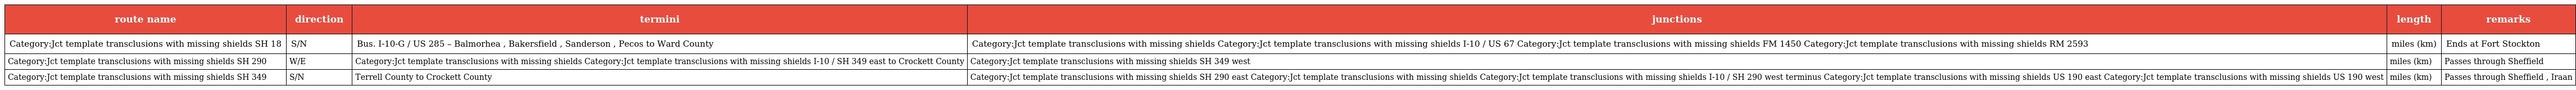
| route name | direction | termini | junctions | length | remarks |
 | --- | --- | --- | --- | --- | --- |
 | Category:Jct template transclusions with missing shields SH 18 | S/N | Bus. I-10-G / US 285 – Balmorhea , Bakersfield , Sanderson , Pecos to Ward County | Category:Jct template transclusions with missing shields Category:Jct template transclusions with missing shields I-10 / US 67 Category:Jct template transclusions with missing shields FM 1450 Category:Jct template transclusions with missing shields RM 2593 | miles (km) | Ends at Fort Stockton |
 | Category:Jct template transclusions with missing shields SH 290 | W/E | Category:Jct template transclusions with missing shields Category:Jct template transclusions with missing shields I-10 / SH 349 east to Crockett County | Category:Jct template transclusions with missing shields SH 349 west | miles (km) | Passes through Sheffield |
 | Category:Jct template transclusions with missing shields SH 349 | S/N | Terrell County to Crockett County | Category:Jct template transclusions with missing shields SH 290 east Category:Jct template transclusions with missing shields Category:Jct template transclusions with missing shields I-10 / SH 290 west terminus Category:Jct template transclusions with missing shields US 190 east Category:Jct template transclusions with missing shields US 190 west | miles (km) | Passes through Sheffield , Iraan |